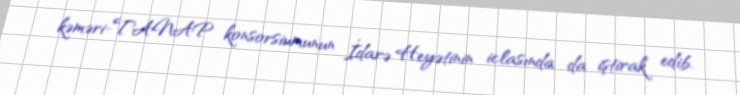
kəməri-TANAP konsorsiumunun İdarə Heyətinin iclasında da iştirak edib.